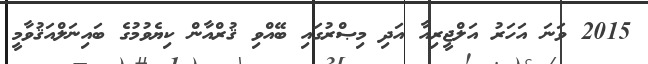
2015 ވަނަ އަހަރު އަލްޖީރިއާ އަދި މިޞްރުގައި ބޭއްވި ޤުރްއާން ކިޔެވުމުގެ ބައިނަލްއަޤުވާމީ